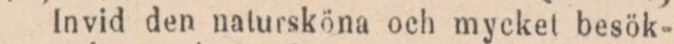
Invid den natursköna och mycket besök-